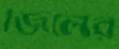
জিলের